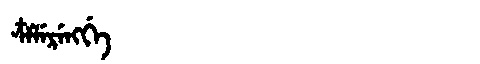
Manchu: ᠴᠶᠯᡝᡵᡝᠩᡤᡝ
Romanization: CYLERENGGE